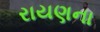
રાયણના